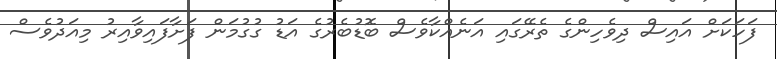
ފަހަކަށް އައިސް ދިވެހިންގެ ތެރޭގައި އަނެއްކާވެސް ބޮޑުބެރުގެ އަޑު ގުގުމަން ފަށާފައިވާއިރު މިއަދުވެސް